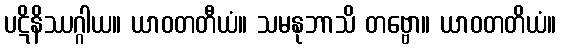
ပဋိနိဿဂ္ဂါယ။ ယာဝတတီယံ။ သမနုဘာသိ တဗ္ဗော။ ယာဝတတိယံ။